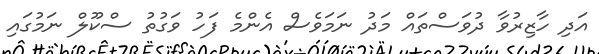
އަދި ހާޒިރުވާ ދުވަސްތައް މަދު ނަމަވެސް އެންމެ ފަހު ވަގުތު ސްކޫލް ނަމުގައި